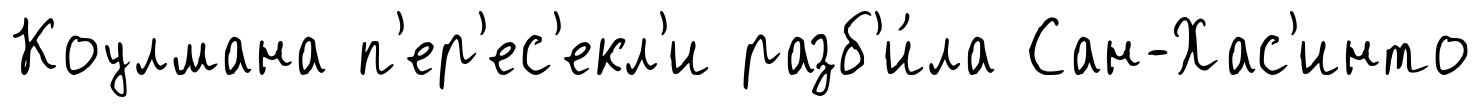
Коулмана п'ер'ес'екл'и разб'и́ла Сан-Хас'инто